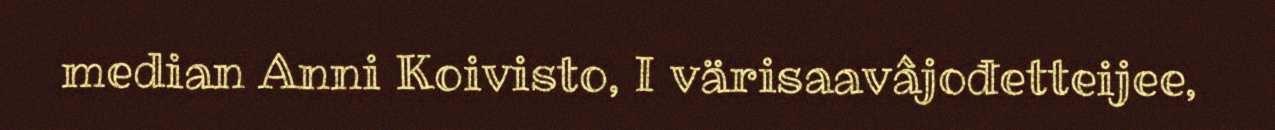
median Anni Koivisto, I värisaavâjođetteijee,